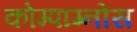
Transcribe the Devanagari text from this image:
कोम्पाग्नोस